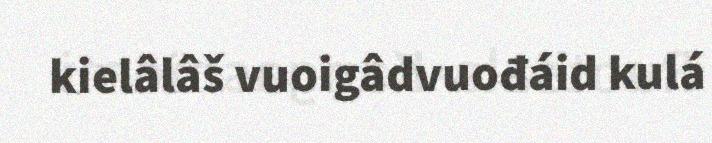
kielâlâš vuoigâdvuođáid kulá